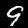
Digit: 9